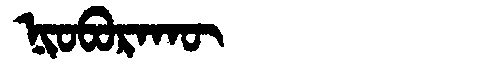
Manchu: ᠨᡳᠣᠪᠣᡵᠠᡴᡡ
Romanization: NIOBORAKŪ